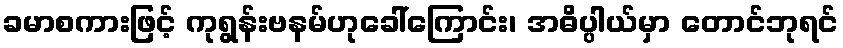
ခမာစကားဖြင့် ကုရွန်းဗနမ်ဟုခေါ်ကြောင်း၊ အဓိပ္ပါယ်မှာ တောင်ဘုရင်